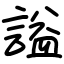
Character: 謚